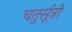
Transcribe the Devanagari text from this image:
चतुर्सूत्री